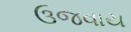
ઉજવાય